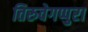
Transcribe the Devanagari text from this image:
तिरुवेगप्पुरा